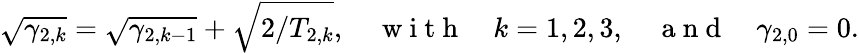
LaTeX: \sqrt{\gamma_{2,k}}=\sqrt{\gamma_{2,k-1}}+\sqrt{2/T_{2,k}},\quad\mathrm{~w~i~t~h~}\quad k=1,2,3,\quad\mathrm{~a~n~d~}\quad\gamma_{2,0}=0.